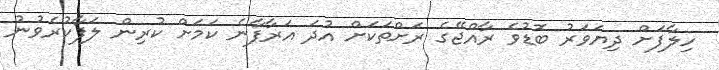
ހިލާފަށް ދިޔަވަރު ބޮޑުވެ ރާއްޖޭގެ ރަށްތަކަށް އުދަ އަރާފާނެ ކަމަށް ކުރިން ލަފާކުރެވުނު